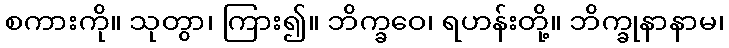
စကားကို။ သုတွာ၊ ကြား၍။ ဘိက္ခဝေ၊ ရဟန်းတို့။ ဘိက္ခုနာနာမ၊